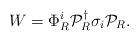
LaTeX: \begin{align*}W = \Phi^i_R {\cal P}_R^\dagger \sigma_i {\cal P}_R.\end{align*}